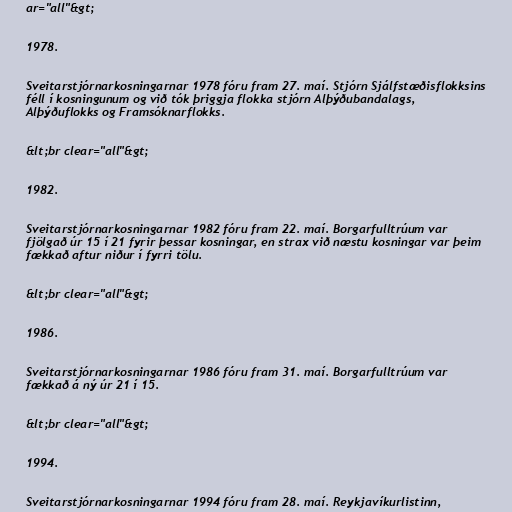
ar="all"&gt;

1978.

Sveitarstjórnarkosningarnar 1978 fóru fram 27. maí. Stjórn Sjálfstæðisflokksins
féll í kosningunum og við tók þriggja flokka stjórn Alþýðubandalags,
Alþýðuflokks og Framsóknarflokks.

&lt;br clear="all"&gt;

1982.

Sveitarstjórnarkosningarnar 1982 fóru fram 22. maí. Borgarfulltrúum var
fjölgað úr 15 í 21 fyrir þessar kosningar, en strax við næstu kosningar var þeim
fækkað aftur niður í fyrri tölu.

&lt;br clear="all"&gt;

1986.

Sveitarstjórnarkosningarnar 1986 fóru fram 31. maí. Borgarfulltrúum var
fækkað á ný úr 21 í 15.

&lt;br clear="all"&gt;

1994.

Sveitarstjórnarkosningarnar 1994 fóru fram 28. maí. Reykjavíkurlistinn,